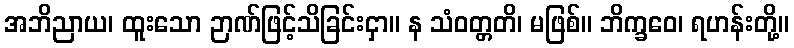
အဘိညာယ၊ ထူးသော ဉာဏ်ဖြင့်သိခြင်းငှာ။ န သံဝတ္တတိ၊ မဖြစ်။ ဘိက္ခဝေ၊ ရဟန်းတို့။